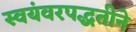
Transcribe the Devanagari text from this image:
स्वयंवरपद्धतीने